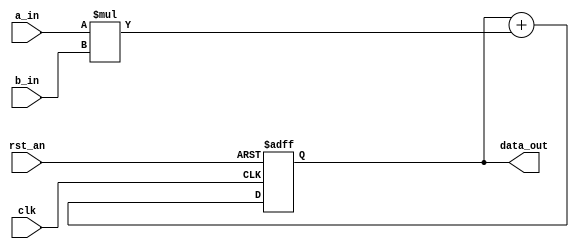
// SPDX-FileCopyrightText: 2021-2024 Niels Moseley <asicsforthemasses@gmail.com>
//
// SPDX-License-Identifier: GPL-3.0-only
//
// clocked 32x32 multiplier with 64 bit accumulator

module mac32
(
    input  clk,
    input  rst_an,
    input  signed [31:0] a_in,
    input  signed [31:0] b_in,
    output signed [63:0] data_out
);

    wire signed [63:0] multresult;
    reg  signed [63:0] accu;

    assign multresult = a_in * b_in;

    always @(posedge clk or negedge rst_an)
    begin
        if (rst_an == 0)
        begin
            accu <= 0;
        end
        else
        begin
            accu <= accu + multresult;
        end
    end

    assign data_out = accu;

endmodule